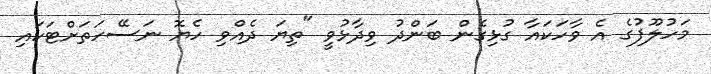
މަހުލޫފުގެ އެ ވާހަކައާ ގުޅިގެން ބަންދު ވިދާޅުވީ "ތިޔަ ދެއްވި ހެޔޮ ނަސޭހަތަށްޓަކައި